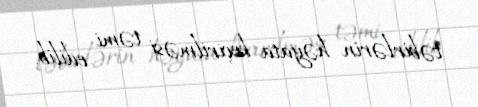
təbirlərin həyata keçirilməsi təmi edilib.